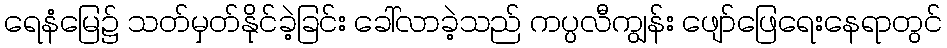
ရေနံမြေ၌ သတ်မှတ်နိုင်ခဲ့ခြင်း ခေါ်လာခဲ့သည် ကပ္ပလီကျွန်း ဖျော်ဖြေရေးနေရာတွင်